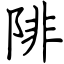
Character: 陫